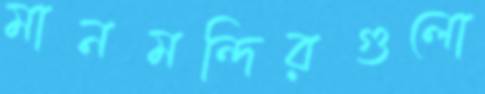
মানমন্দিরগুলো